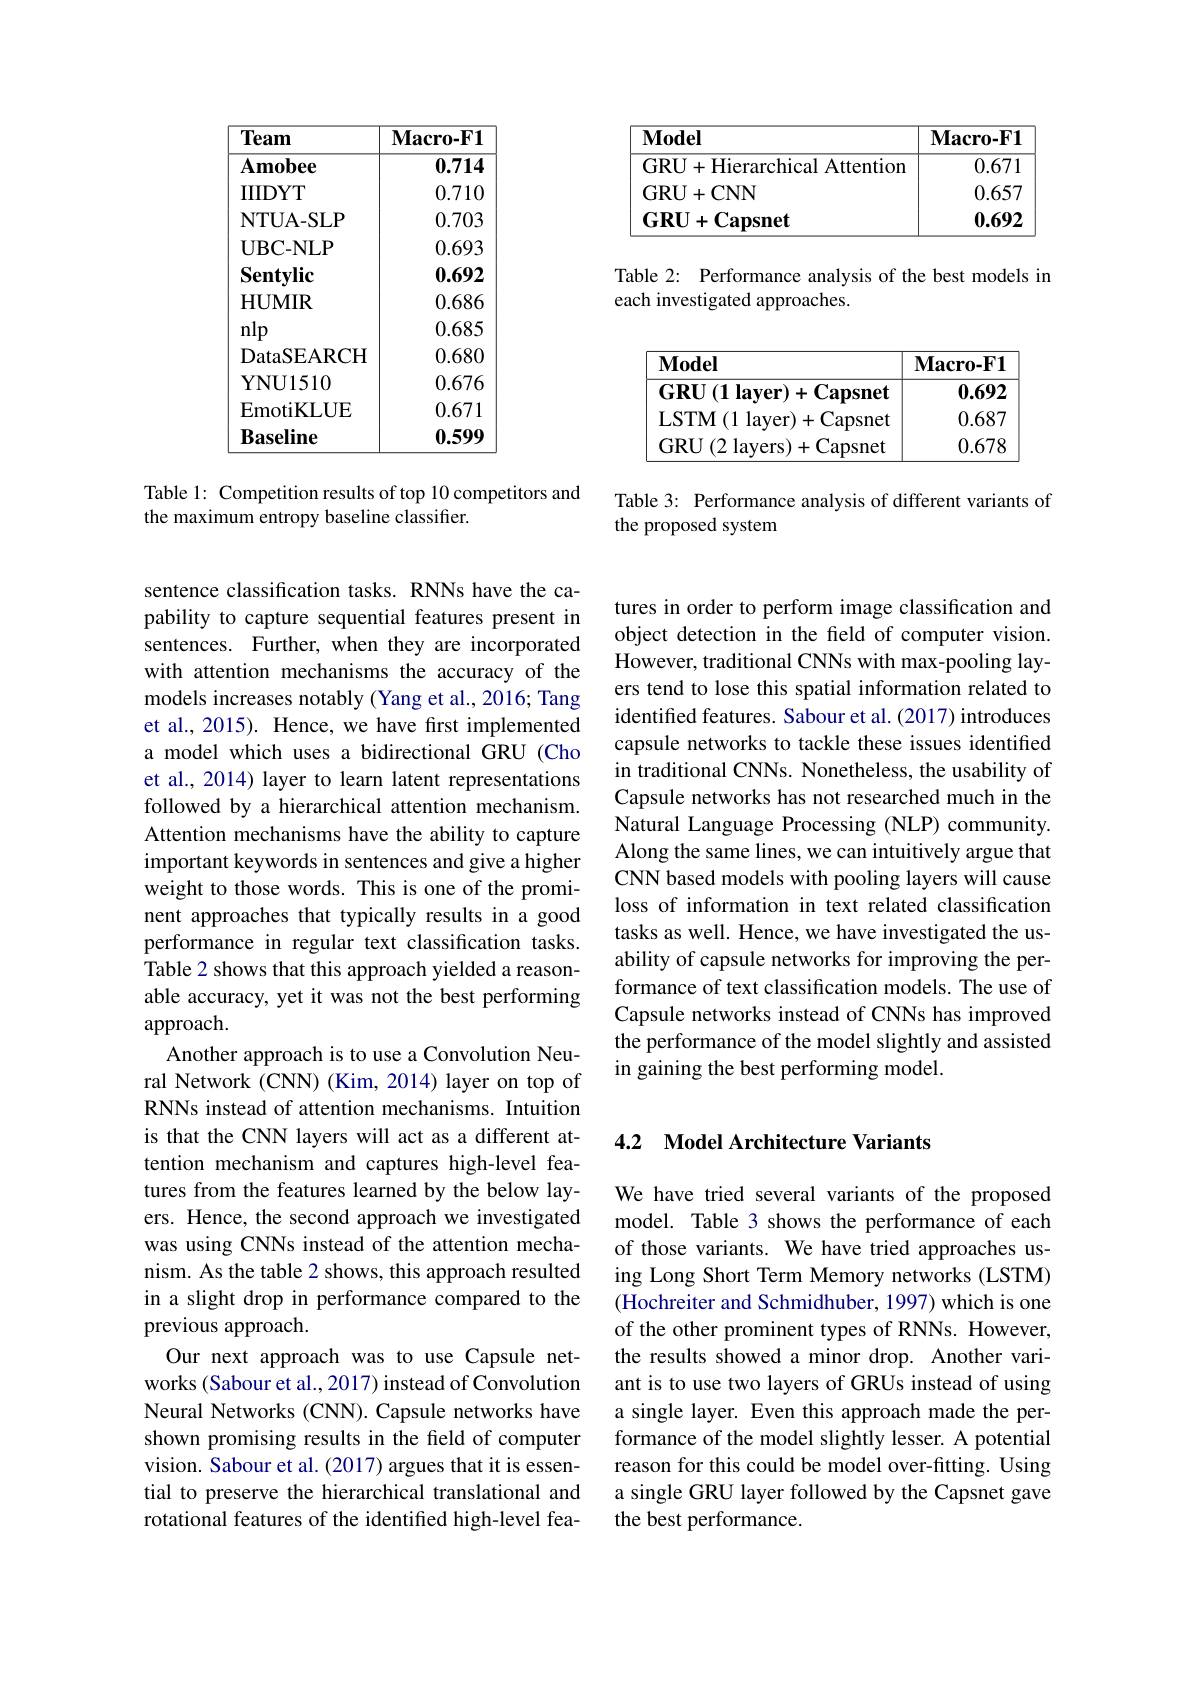
<table>
	<tbody>
		<tr>
			<th>$\mathbf{Model}$</th>
			<th>$\mathbf{Macro-F1}$</th>
		</tr>
		<tr>
			<td>GRU+Hierarchical Attention</td>
			<td>0.671</td>
		</tr>
		<tr>
			<td>GRU+ CNN</td>
			<td>0.657</td>
		</tr>
		<tr>
			<td>$\mathbf{GRU}+\mathbf{Capsnet}$</td>
			<td>0.692</td>
		</tr>
	</tbody>
</table>

Table 2: Performance analysis of the best models in
each investigated approaches.

<table>
	<tbody>
		<tr>
			<th>$\mathbf{Model}$</th>
			<th>$\mathbf{Macro-F1}$</th>
		</tr>
		<tr>
			<td>$\mathbf{GRU}\left ( 1\textbf{layer}\right ) + \mathbf{Capsnet}$</td>
			<td>0.692</td>
		</tr>
		<tr>
			<td>LSTM( 1 layer) + Capsnet</td>
			<td>0.687</td>
		</tr>
		<tr>
			<td>GRU(2 layers)+Capsnet</td>
			<td>0.678</td>
		</tr>
	</tbody>
</table>

Table 3: Performance analysis of different variants of
the proposed system

<table>
	<tbody>
		<tr>
			<th>Team</th>
			<th>$\mathbf{Macro-F1}$</th>
		</tr>
		<tr>
			<td>$\mathbf{Amobee}$</td>
			<td>0.714</td>
		</tr>
		<tr>
			<td>IIIIDYT</td>
			<td>0.710</td>
		</tr>
		<tr>
			<td>NTUA- SLP</td>
			<td>0.703</td>
		</tr>
		<tr>
			<td>$\mathbf{UBC-NLP}$</td>
			<td>0.693</td>
		</tr>
		<tr>
			<td>$\mathbf{Sentylic}$</td>
			<td>0.692</td>
		</tr>
		<tr>
			<td>HUMIR</td>
			<td>0.686</td>
		</tr>
		<tr>
			<td>nlp</td>
			<td>0.685</td>
		</tr>
		<tr>
			<td>DataSEARCH</td>
			<td>0.680</td>
		</tr>
		<tr>
			<td>$\mathbf{YNU1510}$</td>
			<td>0.676</td>
		</tr>
		<tr>
			<td>EmotiKLUE</td>
			<td>0.671</td>
		</tr>
		<tr>
			<td>$\mathbf{Baseline}$</td>
			<td>0.599</td>
		</tr>
	</tbody>
</table>

Table 1: Competition results of top 10 competitors and
the maximum entropy baseline classifier.

sentence classification tasks. RNNs have the capability to capture sequential features present in sentences. Further, when they are incorporated with attention mechanisms the accuracy of the models increases notably (Yang et al., 2016; Tang et al., 2015). Hence, we have first implemented a model which uses a bidirectional GRU (Cho et al., 2014) layer to learn latent representations followed by a hierarchical attention mechanism. Attention mechanisms have the ability to capture important keywords in sentences and give a higher weight to those words. This is one of the prominent approaches that typically results in a good performance in regular text classification tasks. Table 2 shows that this approach yielded a reasonable accuracy, yet it was not the best performing approach.
Another approach is to use a Convolution Neural Network (CNN) (Kim, 2014) layer on top of RNNs instead of attention mechanisms. Intuition is that the CNN layers will act as a different attention mechanism and captures high-level features from the features learned by the below layers. Hence, the second approach we investigated was using CNNs instead of the attention mechanism. As the table 2 shows, this approach resulted in a slight drop in performance compared to the previous approach.
Our next approach was to use Capsule networks (Sabour et al., 2017) instead of Convolution Neural Networks (CNN). Capsule networks have shown promising results in the field of computer vision. Sabour et al.(2017) argues that it is essential to preserve the hierarchical translational and rotational features of the identified high-level fea-

tures in order to perform image classification and object detection in the field of computer vision. However, traditional CNNs with max-pooling layers tend to lose this spatial information related to identified features. Sabour et al. (2017) introduces capsule networks to tackle these issues identified in traditional CNNs. Nonetheless, the usability of Capsule networks has not researched much in the Natural Language Processing (NLP) community. Along the same lines, we can intuitively argue that CNN based models with pooling layers will cause loss of information in text related classification tasks as well. Hence, we have investigated the usability of capsule networks for improving the performance of text classification models. The use of Capsule networks instead of CNNs has improved the performance of the model slightly and assisted in gaining the best performing model.

## 4.2 Model Architecture Variants

We have tried several variants of the proposed model. Table 3 shows the performance of each of those variants. We have tried approaches using Long Short Term Memory networks (LSTM) (Hochreiter and Schmidhuber, 1997) which is one of the other prominent types of RNNs. However, the results showed a minor drop. Another variant is to use two layers of GRUs instead of using a single layer. Even this approach made the performance of the model slightly lesser. A potential reason for this could be model over-fitting. Using a single GRU layer followed by the Capsnet gave the best performance.